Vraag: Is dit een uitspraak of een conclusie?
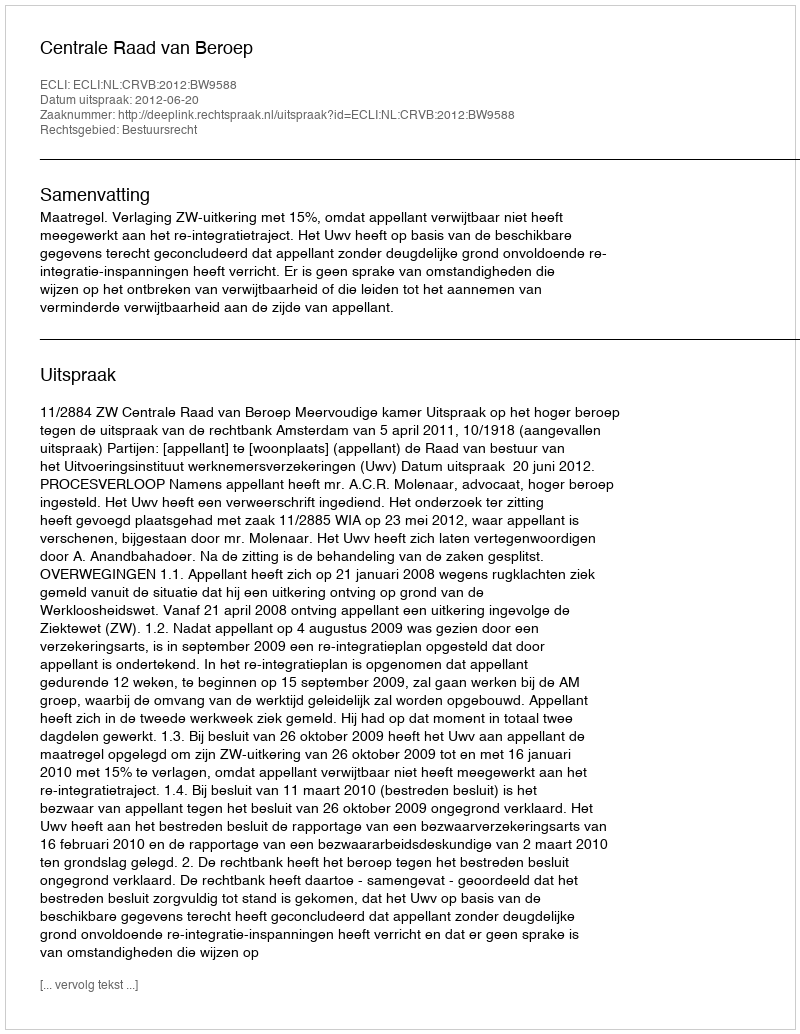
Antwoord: Uitspraak